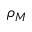
\rho _ { M }